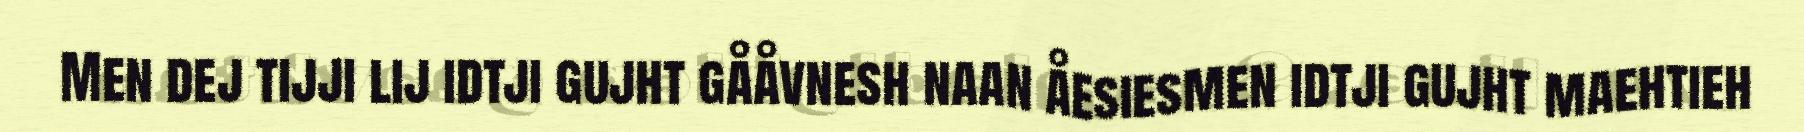
Men dej tijji lij idtji gujht gååvnesh naan åesiesmen idtji gujht maehtieh